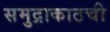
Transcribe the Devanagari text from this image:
समुद्राकाठची